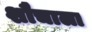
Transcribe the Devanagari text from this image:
शौचाला